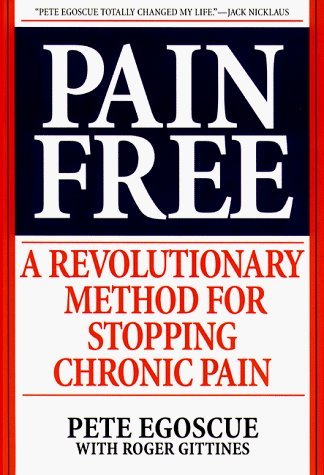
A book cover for Pain Free: A Revolutionary Method For Stopping Chronic Pain by Egoscue, Pete (unknown Edition) [Hardcover(1998)]; Pete Egoscue; Health, Fitness & Dieting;